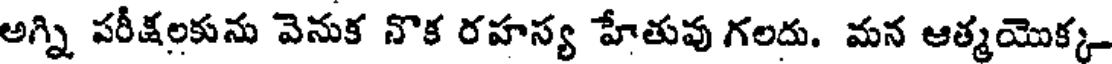
అగ్ని పరీక్షలకును వెనుక నొక రహస్య హేతువు గలదు. మన ఆత్మయొక్క